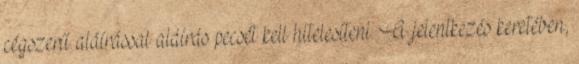
cégszerű aláírással aláírás pecsét kell hitelesíteni. A jelentkezés keretében,